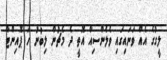
ލީގުގެ އެއް ވަނައިގައި ވެލެންސިއާ އޮތީ ދެ މެޗުން ލިބުނު ހަ ޕޮއިންޓާ